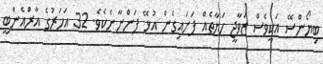
ބިޔޯންސޭ އަކީވެސް ޒަވާޖީ ހަޔާތެއް ފަށައިގެން އުޅޭ ފަންނާނެކެވެ. 32 އަހަރުގެ އާރްއެންބީ